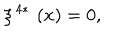
\xi ^ { \, 4 \ast } \, \left( x \right) = 0 ,